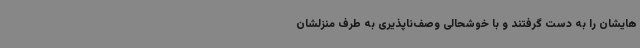
‌هایشان را به دست گرفتند و با خوشحالی وصف‌ناپذیری به طرف منزلشان